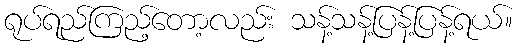
ရုပ်ရည်ကြည့်တော့လည်း သန့်သန့်ပြန့်ပြန့်ရယ်။